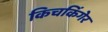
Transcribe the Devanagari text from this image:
किचकिंगेर